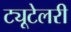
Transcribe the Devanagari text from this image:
ट्यूटेलरी